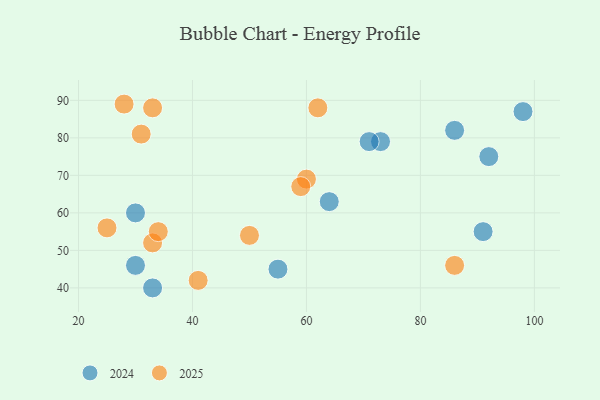
{"axis": {"x": "GDP", "y": "Life Expectancy"}, "legend": ["2024", "2025"], "data": [{"x": "73", "y": 79, "type": "2024"}, {"x": "86", "y": 82, "type": "2024"}, {"x": "98", "y": 87, "type": "2024"}, {"x": "55", "y": 45, "type": "2024"}, {"x": "33", "y": 40, "type": "2024"}, {"x": "71", "y": 79, "type": "2024"}, {"x": "30", "y": 60, "type": "2024"}, {"x": "92", "y": 75, "type": "2024"}, {"x": "91", "y": 55, "type": "2024"}, {"x": "30", "y": 46, "type": "2024"}, {"x": "64", "y": 63, "type": "2024"}, {"x": "50", "y": 54, "type": "2025"}, {"x": "62", "y": 88, "type": "2025"}, {"x": "41", "y": 42, "type": "2025"}, {"x": "25", "y": 56, "type": "2025"}, {"x": "60", "y": 69, "type": "2025"}, {"x": "33", "y": 88, "type": "2025"}, {"x": "59", "y": 67, "type": "2025"}, {"x": "31", "y": 81, "type": "2025"}, {"x": "33", "y": 52, "type": "2025"}, {"x": "34", "y": 55, "type": "2025"}, {"x": "28", "y": 89, "type": "2025"}, {"x": "86", "y": 46, "type": "2025"}]}